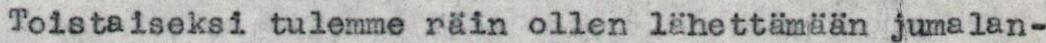
Toistaiseksi tulemme räin ollen lähettämään jumalan-